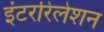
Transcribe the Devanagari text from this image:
इंटररिलेशन